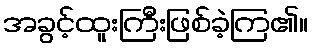
အခွင့်ထူးကြီးဖြစ်ခဲ့ကြ၏။